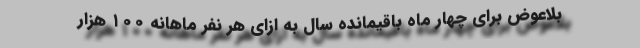
بلاعوض برای چهار ماه باقیمانده سال به ازای هر نفر ماهانه ۱۰۰ هزار